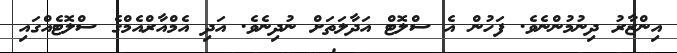
އިންޒާރު ދިނުމުންނެވެ. ފަހުން އެ ސްލޮޓް އަދާލަތަށް ނުދިނެވެ. އަދި އެމްއާރްއެމްގެ ސްލޮޓެއްގައި